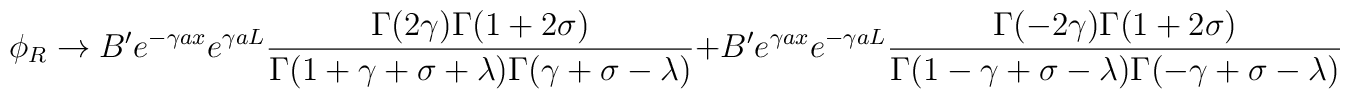
\phi_R \rightarrow B^{\prime} e^{-\gamma a x}e^{\gamma a L} \frac{\Gamma(2\gamma) \Gamma(1+2\sigma)}{\Gamma (1+\gamma +\sigma +\lambda) \Gamma (\gamma + \sigma - \lambda)}+B^{\prime} e^{\gamma a x}e^{-\gamma a L} \frac{\Gamma(-2\gamma) \Gamma(1+2\sigma)}{\Gamma (1-\gamma +\sigma -\lambda) \Gamma (-\gamma + \sigma - \lambda)}